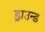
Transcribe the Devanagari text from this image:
ड्राउन्ड